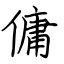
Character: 傭